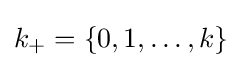
{\textstyle k_{+}=\{0,1,\ldots ,k\}}